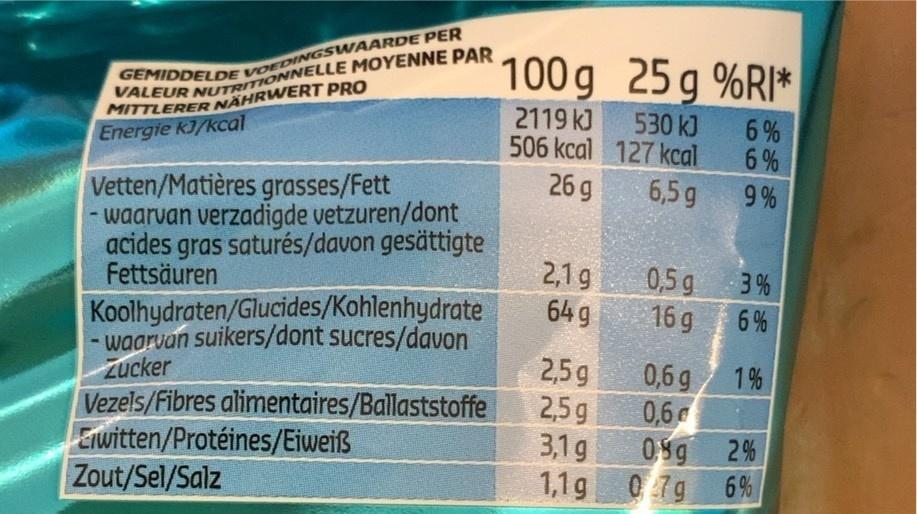
100 g 25g %RI*
MITTLERER NÄHRWERT PRO Energie kJ/kcal
530 k) 506 kcal 127 kcal 26 g
2119 k)
6% 6 %
6,5g
Vetten/Matières grasses/Fett - waarvan verzadigde vetzuren/dont acides gras saturés/davon gesättigte Fettsäuren
9 %
2,1 g 649
0,5 g 16 g
3%
Koolhydraten/Glucides/Kohlenhydrate - waarvan suikers/dont sucres/davon Zucker Vezels/Fibres alimentaires/Ballaststoffe Erwitten/Protéines/Eiweiß Zout/Sel/Salz
6%
2,5g 2,5g 3,1g
0,6 g 0,6 09g 6%
1 %
2%
1,1g 07g